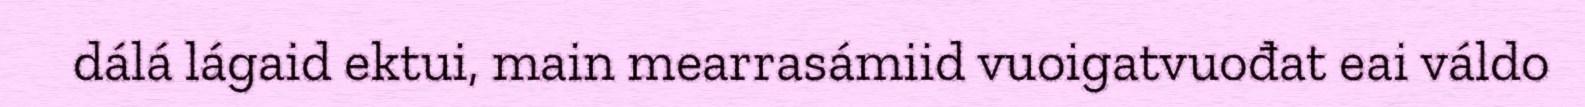
dálá lágaid ektui, main mearrasámiid vuoigatvuođat eai váldo